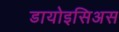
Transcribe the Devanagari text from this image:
डायोइसिअस